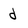
Character: d